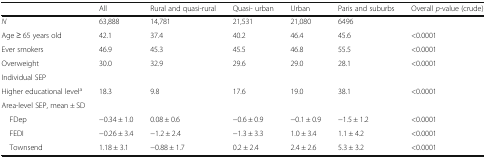
|  | All | Rural and quasi-rural | Quasi- urban | Urban | Paris and suburbs | Overall p-value (crude) |
 | --- | --- | --- | --- | --- | --- | --- |
 | N | 63,888 | 14,781 | 21,531 | 21,080 | 6496 |  |
 | Age ≥ 65 years old | 42.1 | 37.4 | 40.2 | 46.4 | 45.6 | <0.0001 |
 | Ever smokers | 46.9 | 45.3 | 45.5 | 46.8 | 55.5 | <0.0001 |
 | Overweight | 30.0 | 32.9 | 29.6 | 29.0 | 28.1 | <0.0001 |
 | <COLSPAN=7> Individual SEP |
 | Higher educational levela | 18.3 | 9.8 | 17.6 | 19.0 | 38.1 | <0.0001 |
 | <COLSPAN=7> Area-level SEP, mean ± SD |
 | FDep | −0.34 ± 1.0 | 0.08 ± 0.6 | −0.6 ± 0.9 | −0.1 ± 0.9 | −1.5 ± 1.2 | <0.0001 |
 | FEDI | −0.26 ± 3.4 | −1.2 ± 2.4 | −1.3 ± 3.3 | 1.0 ± 3.4 | 1.1 ± 4.2 | <0.0001 |
 | Townsend | 1.18 ± 3.1 | −0.88 ± 1.7 | 0.2 ± 2.4 | 2.4 ± 2.6 | 5.3 ± 3.2 | <0.0001 |